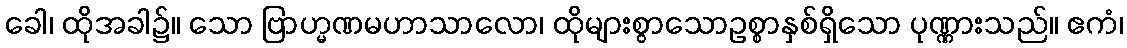
ခေါ၊ ထိုအခါ၌။ သော ဗြာဟ္မဏမဟာသာလော၊ ထိုများစွာသောဥစ္စာနှစ်ရှိသော ပုဏ္ဏားသည်။ ဧကံ၊